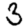
Digit: 3